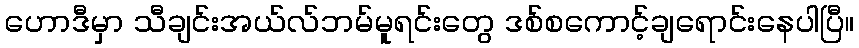
ဟောဒီမှာ သီချင်းအယ်လ်ဘမ်မူရင်းတွေ ဒစ်စကောင့်ချရောင်းနေပါပြီ။